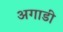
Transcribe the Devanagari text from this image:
अगाडी